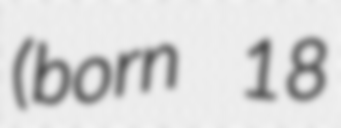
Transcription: (born 18